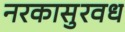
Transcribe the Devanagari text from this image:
नरकासुरवध